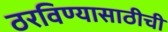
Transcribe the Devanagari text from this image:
ठरविण्यासाठीची